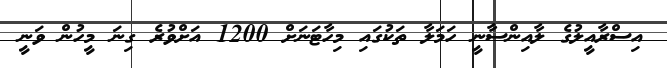
އިސްރާއީލުގެ ލާއިންސާނީ ހަމަލާ ތަކުގައި މިހާޓަނަށް 1200 އަށްވުރެ ގިނަ މީހުން ވަނީ